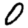
Digit: 0